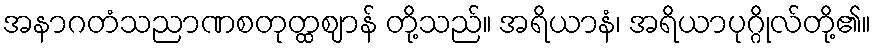
အနာဂတံသညာဏစတုတ္ထဈာန် တို့သည်။ အရိယာနံ၊ အရိယာပုဂ္ဂိုလ်တို့၏။